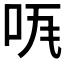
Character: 𠱏